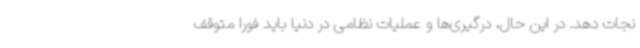
نجات دهد. در این حال، درگیری‌ها و عملیات نظامی در دنیا باید فورا متوقف